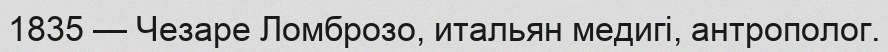
1835 — Чезаре Ломброзо, итальян медигі, антрополог.